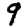
Digit: 9